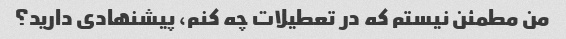
من مطمئن نیستم که در تعطیلات چه کنم، پیشنهادی دارید؟